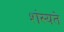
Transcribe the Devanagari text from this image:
शंस्यते